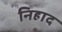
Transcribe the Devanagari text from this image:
निहाद